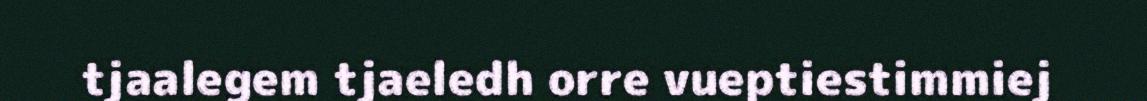
tjaalegem tjaeledh orre vueptiestimmiej